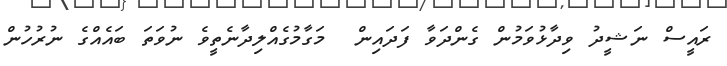
ރައީސް ނަޝީދު ވިދާޅުވަމުން ގެންދަވާ ފަދައިން  މަގާމުގެއްލިދާނެތީވެ ނުވަތަ ބައެއްގެ ނުރުހުން